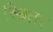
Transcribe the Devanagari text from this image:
स्थितर